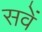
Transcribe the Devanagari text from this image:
सवें